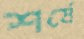
শর্ষে